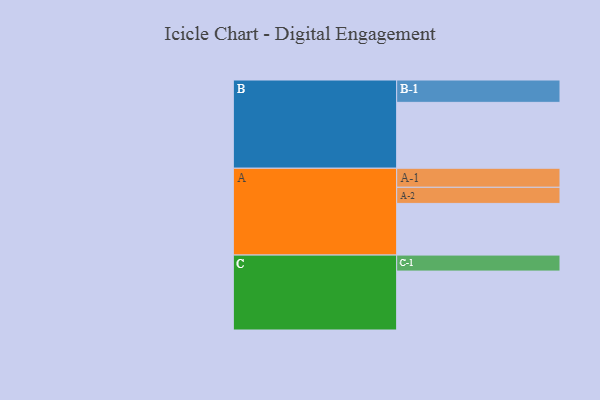
{"axis": {"x": "Segment", "y": "Value"}, "legend": ["", "A", "B", "C"], "data": [{"x": "A", "y": 407, "type": ""}, {"x": "B", "y": 519, "type": ""}, {"x": "C", "y": 464, "type": ""}, {"x": "A-1", "y": 150, "type": "A"}, {"x": "A-2", "y": 127, "type": "A"}, {"x": "B-1", "y": 176, "type": "B"}, {"x": "C-1", "y": 126, "type": "C"}]}